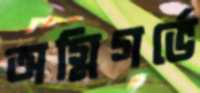
অগ্নিগর্ভে